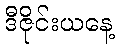
ဒီဇိုင်းယနေ့